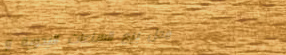
محل بيع الساعات اليدوية و